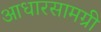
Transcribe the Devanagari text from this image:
आधारसामग्री